Scientific memoirs by medical officers of the Army of India - Part VII,
Year: 1892
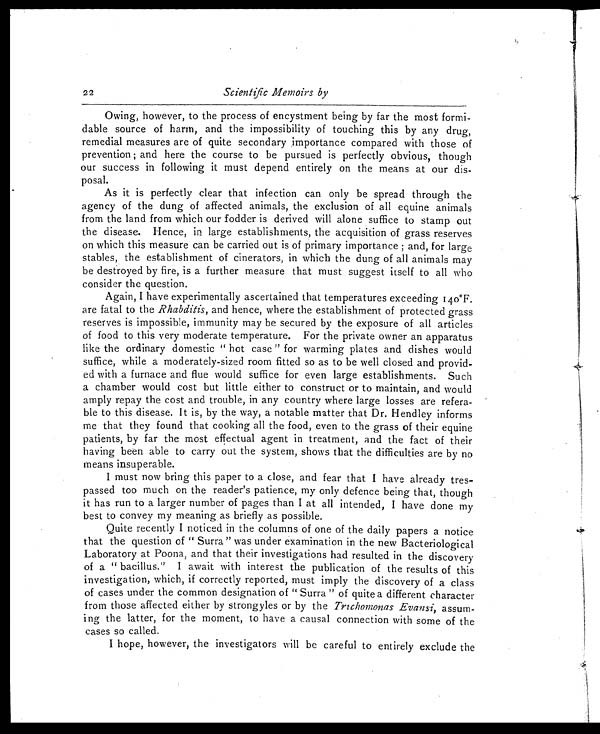
22
Scientific Memoirs by
Owing, however, to the process of encystment being by far the most formi-
dable source of harm, and the impossibility of touching this by any drug,
remedial measures are of quite secondary importance compared with those of
prevention ; and here the course to be pursued is perfectly obvious, though
our success in following it must depend entirely on the means at our dis-
posal.
As it is perfectly clear that infection can only be spread through the
agency of the dung of affected animals, the exclusion of all equine animals
from the land from which our fodder is derived will alone suffice to stamp out
the disease. Hence, in large establishments, the acquisition of grass reserves
on which this measure can be carried out is of primary importance ; and, for large
stables, the establishment of cinerators, in which the dung of all animals may
be destroyed by fire, is a further measure that must suggest itself to all who
consider the question.
Again, I have experimentally ascertained that temperatures exceeding 140°F.
are fatal to the Rhabditis, and hence, where the establishment of protected grass
reserves is impossible, immunity may be secured by the exposure of all articles
of food to this very moderate temperature. For the private owner an apparatus
like the ordinary domestic " hot case " for warming plates and dishes would
suffice, while a moderately-sized room fitted so as to be well closed and provid-
ed with a furnace and flue would suffice for even large establishments. Such
a chamber would cost but little either to construct or to maintain, and would
amply repay the cost and trouble, in any country where large losses are refera-
ble to this disease. It is, by the way, a notable matter that Dr. Hendley informs
me that they found that cooking all the food, even to the grass of their equine
patients, by far the most effectual agent in treatment, and the fact of their
having been able to carry out the system, shows that the difficulties are by no
means insuperable.
I must now bring this paper to a close, and fear that I have already tres-
passed too much on the reader's patience, my only defence being that, though
it has run to a larger number of pages than I at all intended, I have done my
best to convey my meaning as briefly as possible.
Quite recently I noticed in the columns of one of the daily papers a notice
that the question of " Surra " was under examination in the new Bacteriological
Laboratory at Poona, and that their investigations had resulted in the discovery
of a " bacillus." I await with interest the publication of the results of this
investigation, which, if correctly reported, must imply the discovery of a class
of cases under the common designation of " Surra " of quite a different character
from those affected either by strongyles or by the Trichomonas Evansi, assum-
ing the latter, for the moment, to have a causal connection with some of the
cases so called.
I hope, however, the investigators will be careful to entirely exclude the